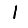
Digit: 1